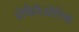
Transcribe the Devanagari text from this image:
प्रोकैरिओटिक